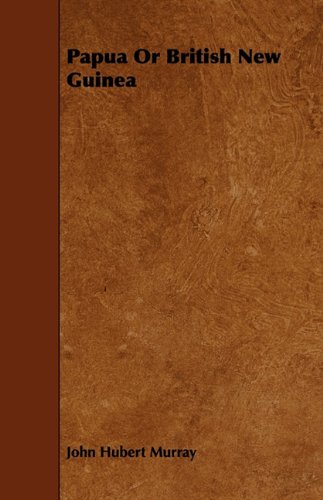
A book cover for Papua Or British New Guinea; John Hubert Murray; Travel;